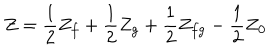
Z = { \frac { 1 } { 2 } } Z _ { f } + { \frac { 1 } { 2 } } Z _ { g } + { \frac { 1 } { 2 } } Z _ { f g } - { \frac { 1 } { 2 } } Z _ { \bf 0 }